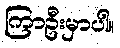
ကြာဦးမှာပါ။